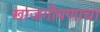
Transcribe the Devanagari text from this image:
खाजगीपणाचा